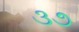
૩૭